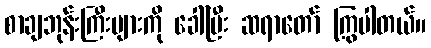
စာချဘုန်းကြီးများကို ခေါ်ပြီး ဆရာတော် ကြွပါတယ်။